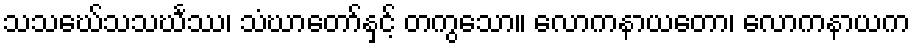
သသဃေ်သသင်္ဃဿ၊ သံဃာတော်နှင့် တကွသော။ လောကနာယတော၊ လောကနာယက